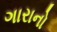
ગારાનો